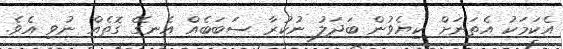
އެކަމަކު އެތަނަށް ކިޔެވުން ބަދަލު ނުކުރާ ސަބަބެއް އެނގޭ ގޮތެއް ނުވި އެވެ.